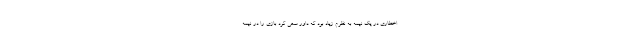
اخطاری در یک نیمه به نظرم زیاد بود که داور سعی کرد بازی را در نیمه